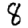
Digit: 8